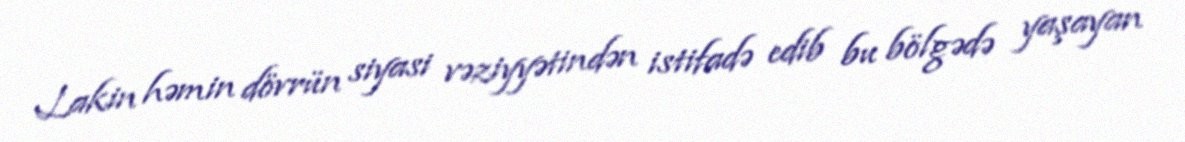
Lakin həmin dövrün siyasi vəziyyətindən istifadə edib bu bölgədə yaşayan